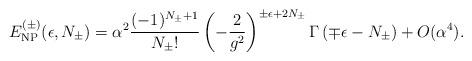
LaTeX: \begin{align*}E_{\rm NP}^{(\pm)}(\epsilon, N_\pm) = \alpha^2 \frac{(-1)^{N_\pm+1}}{N_\pm!}\left( -\frac{2}{g^2}\right)^{\pm \epsilon+2 N_\pm }\Gamma \left(\mp \epsilon - N_\pm \right) + O(\alpha^4).\end{align*}